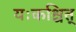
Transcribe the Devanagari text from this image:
यःकश्चित्